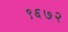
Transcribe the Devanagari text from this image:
९६७२